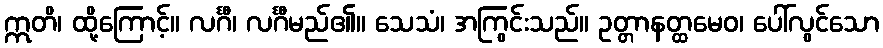
ဣတိ၊ ထို့ကြောင့်။ လင်္ဂီ၊ လင်္ဂီမည်၏။ သေသံ၊ အကြွင်းသည်။ ဥတ္တာနတ္ထမေဝ၊ ပေါ်လွင်သော